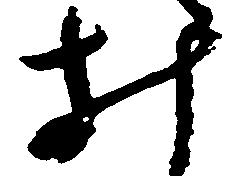
み